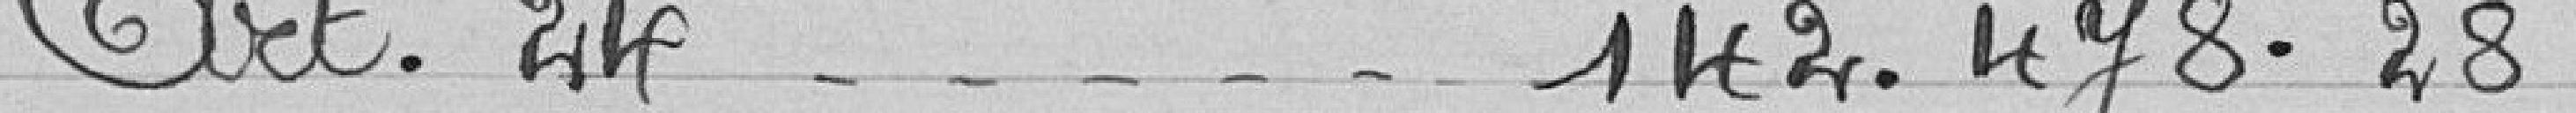
Art.24 .... 142.478.28